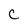
Character: C